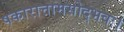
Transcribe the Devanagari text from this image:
षकारात्तामसोद्भवः।